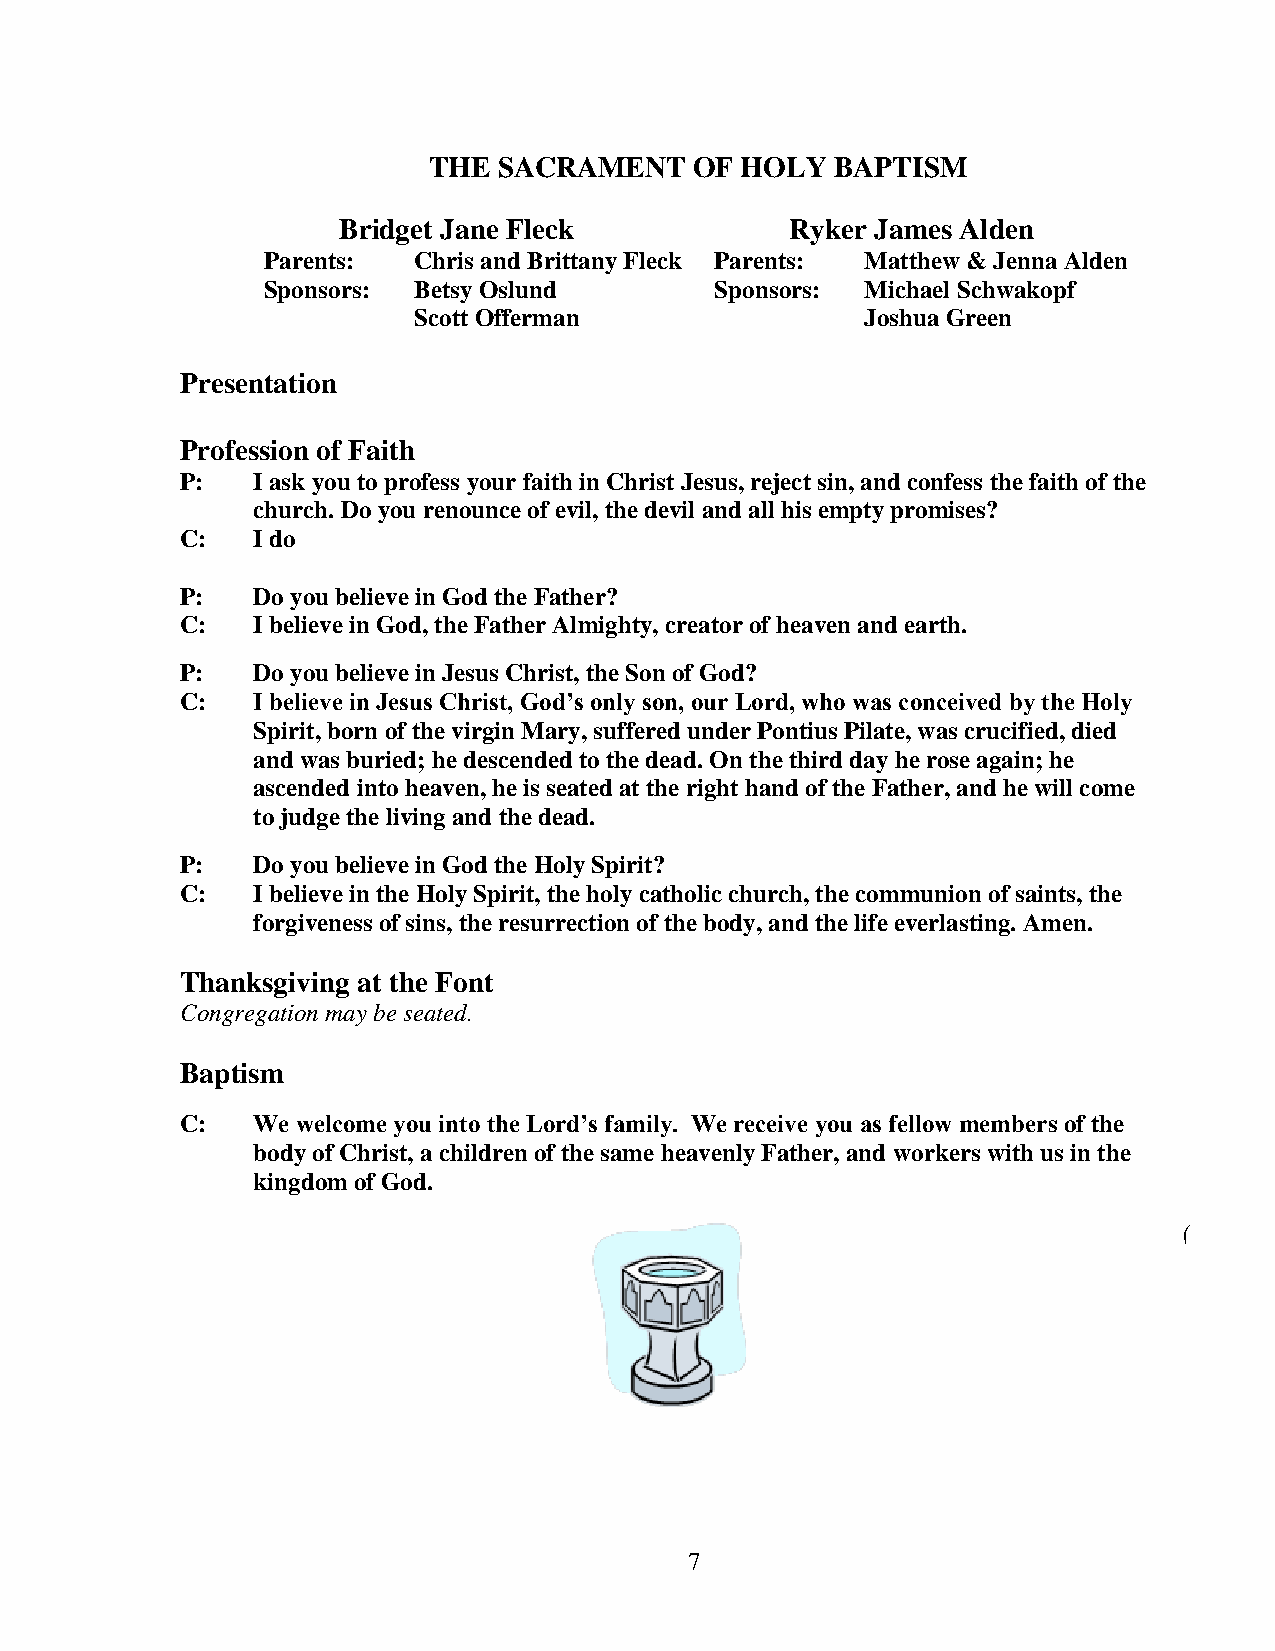
THE  SACRAMENT    OF HOLY  BAPTISM
 Bridget Jane Fleck            Ryker James Alden
 Parents:  Chris and Brittany Fleck Parents: Matthew & Jenna Alden
 Sponsors: Betsy Oslund        Sponsors: Michael Schwakopf
 Scott Offerman                Joshua Green
 Presentation
 Profession of Faith
 P:   I ask you to profess your faith in Christ Jesus, reject sin, and confess the faith of the
 church. Do you renounce of evil, the devil and all his empty promises?
 C:   I do
 P:   Do you believe in God the Father?
 C:   I believe in God, the Father Almighty, creator of heaven and earth.
 P:   Do you believe in Jesus Christ, the Son of God?
 C:   I believe in Jesus Christ, God’s only son, our Lord, who was conceived by the Holy
 Spirit, born of the virgin Mary, suffered under Pontius Pilate, was crucified, died
 and was buried; he descended to the dead. On the third day he rose again; he
 ascended into heaven, he is seated at the right hand of the Father, and he will come
 to judge the living and the dead.
 P:   Do you believe in God the Holy Spirit?
 C:   I believe in the Holy Spirit, the holy catholic church, the communion of saints, the
 forgiveness of sins, the resurrection of the body, and the life everlasting. Amen.
 Thanksgiving at the Font
 Congregation may be seated.
 Baptism
 C:   We welcome you into the Lord’s family. We receive you as fellow members of the
 body of Christ, a children of the same heavenly Father, and workers with us in the
 kingdom of God.
 (
 7